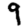
Digit: 9